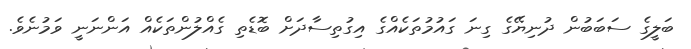
ބަލީގެ ސަބަބުން ދުނިޔޭގެ ގިނަ ގައުމުތަކެއްގެ އިގުތިސާދަށް ބޮޑެތި ގެއްލުންތަކެއް އަންނަނީ ވަމުނެވެ.